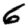
Digit: 6